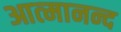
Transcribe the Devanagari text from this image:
आत्‍मानन्द